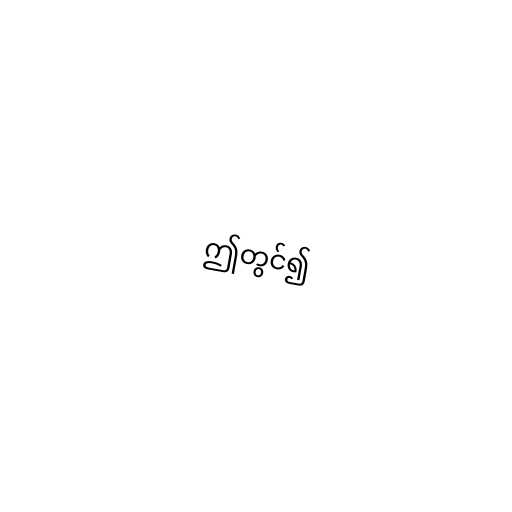
ဤတွင်၍